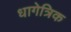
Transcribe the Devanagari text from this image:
धागेत्रिक